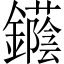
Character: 𨯛